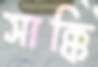
সাক্কি